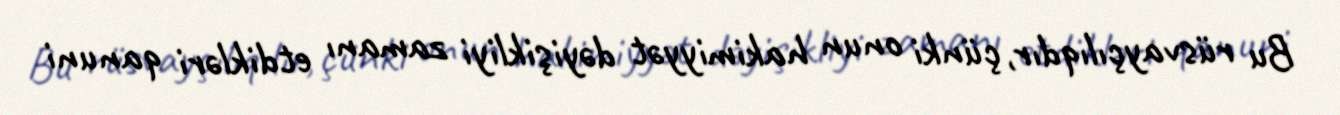
Bu rüsvayçılıqdır, çünki onun hakimiyyət dəyişikliyi zamanı etdikləri qanuni